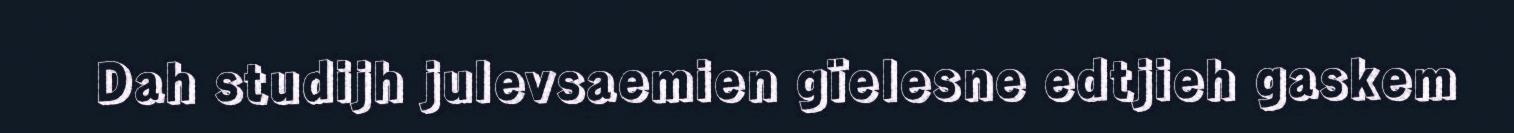
Dah studijh julevsaemien gïelesne edtjieh gaskem